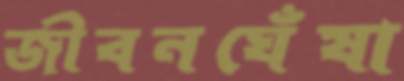
জীবনঘেঁষা